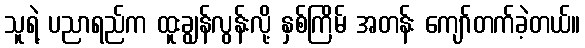
သူရဲ့ ပညာရည်က ထူးချွန်လွန်းလို့ နှစ်ကြိမ် အတန်း ကျော်တက်ခဲ့တယ်။